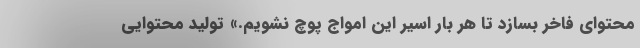
محتوای فاخر بسازد تا هر بار اسیر این امواج پوچ نشویم.» تولید محتوایی